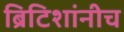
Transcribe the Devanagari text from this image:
ब्रिटिशांनीच